画像に写った文字を読んでください
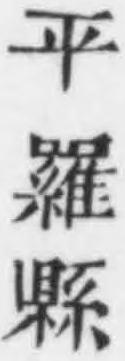
「平羅縣」と書いてあります